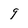
Character: 9